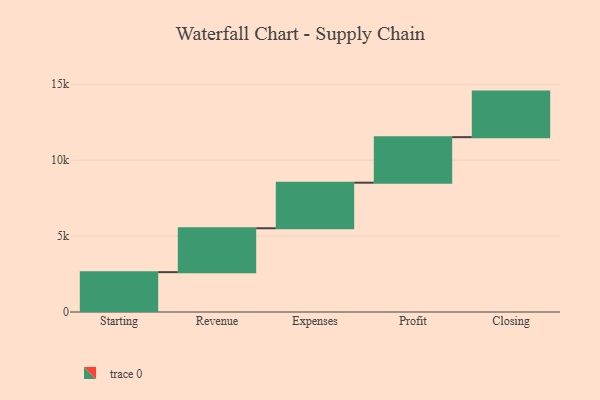
{"axis": {"x": "Step", "y": "Value"}, "legend": [""], "data": [{"x": "Starting", "y": 2624.0, "type": ""}, {"x": "Revenue", "y": 2892.0, "type": ""}, {"x": "Expenses", "y": 3000, "type": ""}, {"x": "Profit", "y": 3000, "type": ""}, {"x": "Closing", "y": 3000, "type": ""}]}